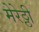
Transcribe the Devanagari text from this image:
मेरेठ्ठी